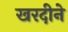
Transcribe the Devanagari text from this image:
खरदीने